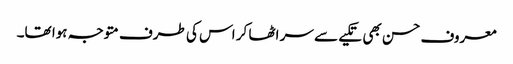
معروف حسن بھی تکیے سے سر اٹھا کر اس کی طرف متوجہ ہوا تھا۔